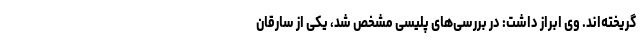
گریخته‌اند. وی ابراز داشت: در بررسی‌های پلیسی مشخص شد، یکی از سارقان